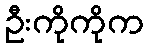
ဦးကိုကိုက